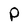
Character: P